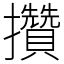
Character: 攢